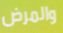
والمرض